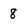
Character: 8